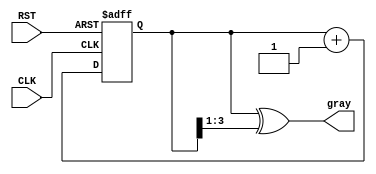
module gray_code_counter #(parameter N = 4) (
    input wire CLK,          // Clock input
    input wire RST,          // Asynchronous reset
    output reg [N-1:0] gray  // Gray code output
);

    reg [N-1:0] binary;      // Binary counter output

    // Binary to Gray code conversion
    function [N-1:0] binary_to_gray;
        input [N-1:0] bin;
        begin
            binary_to_gray = bin ^ (bin >> 1);
        end
    endfunction

    // Asynchronous reset and counter logic
    always @(posedge CLK or posedge RST) begin
        if (RST) begin
            binary <= 0;       // Reset binary counter to 0
        end else begin
            binary <= binary + 1; // Increment binary counter
        end
    end

    // Convert binary to Gray code after updating binary counter
    always @(binary) begin
        gray <= binary_to_gray(binary);
    end

endmodule